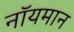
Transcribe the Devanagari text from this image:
नॉयमान